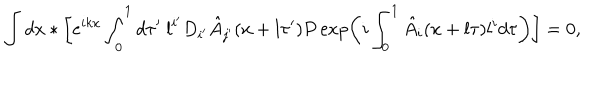
\int d x \ast \biggl [ e ^ { i k x } \int _ { 0 } ^ { 1 } d \tau ^ { \prime } ~ l ^ { i ^ { \prime } } D _ { i ^ { \prime } } \hat { A } _ { j ^ { \prime } } ( x + l \tau ^ { \prime } ) P \exp \left( i \int _ { 0 } ^ { 1 } \hat { A } _ { i } ( x + l \tau ) l ^ { i } d \tau \right) \biggr ] = 0 ,